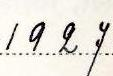
1927